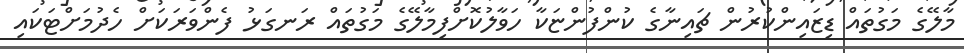
މާލޭގެ މަގުތައް ޑިޒައިންކުރުން ޗައިނާގެ ކުންފުންޏަކާ ހަވާލުކޮށްފިމާލޭގެ މަގުތައް ރަނގަޅު ފެންވަރަކަށް ހެދުމަށްޓަކައި